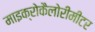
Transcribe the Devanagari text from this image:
माइक्रोकैलोरीमीटर